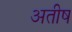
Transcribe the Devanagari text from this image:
अतीष